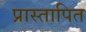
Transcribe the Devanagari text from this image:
प्रास्तापित